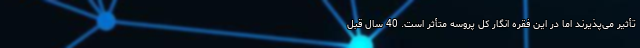
تأثیر می‌پذیرند اما در این فقره انگار کل پروسه متأثر است. 40 سال قبل